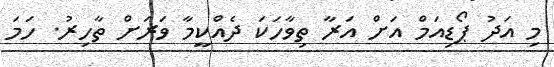
މި އަދު ޕޯޑިއަމް އަށް އަރާ ތިވާހަކަ ދެއްކީމާ ވަރަށް ތާހިރު. ހަމަ